Plague in India, 1896, 1897 - Volume 4
Year: 1896
Disease focus: Plague
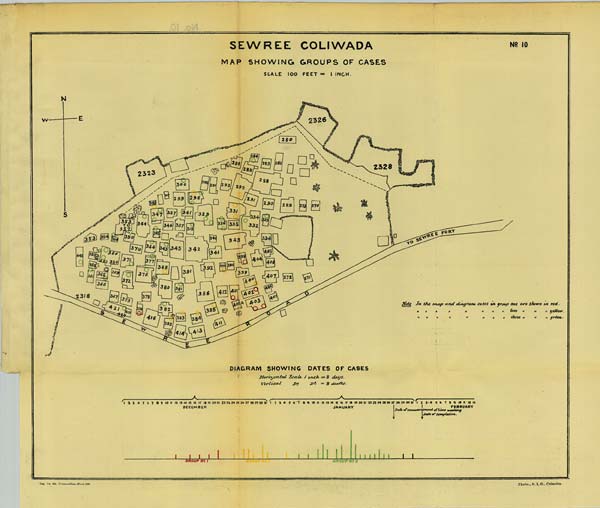
SEWREE COLIWADA No: 10
MAP SHOWING GROUPS OF CASES
SCALE 100 FEET = 1 INCH.
Reg. No. 594, Home.— Dec. 97.—1,000.
Photo., S. I. O., Calcutta.